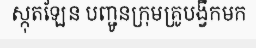
ស្កុតឡែន បញ្ជូនក្រុមគ្រូបង្វឹកមក